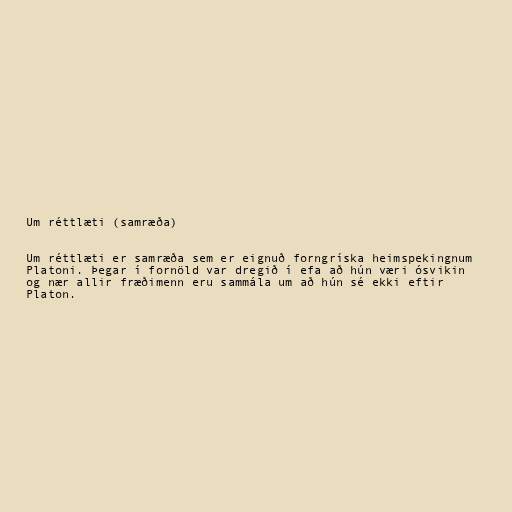
Um réttlæti (samræða)

Um réttlæti er samræða sem er eignuð forngríska heimspekingnum
Platoni. Þegar í fornöld var dregið í efa að hún væri ósvikin
og nær allir fræðimenn eru sammála um að hún sé ekki eftir
Platon.